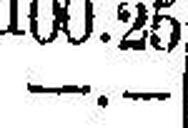
—.—